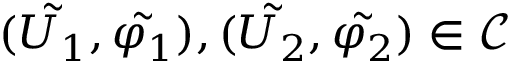
( \tilde { U _ { 1 } } , \tilde { \varphi _ { 1 } } ) , ( \tilde { U _ { 2 } } , \tilde { \varphi _ { 2 } } ) \in \mathcal { C }